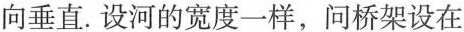
向垂直.设河的宽度一样，问桥架设在